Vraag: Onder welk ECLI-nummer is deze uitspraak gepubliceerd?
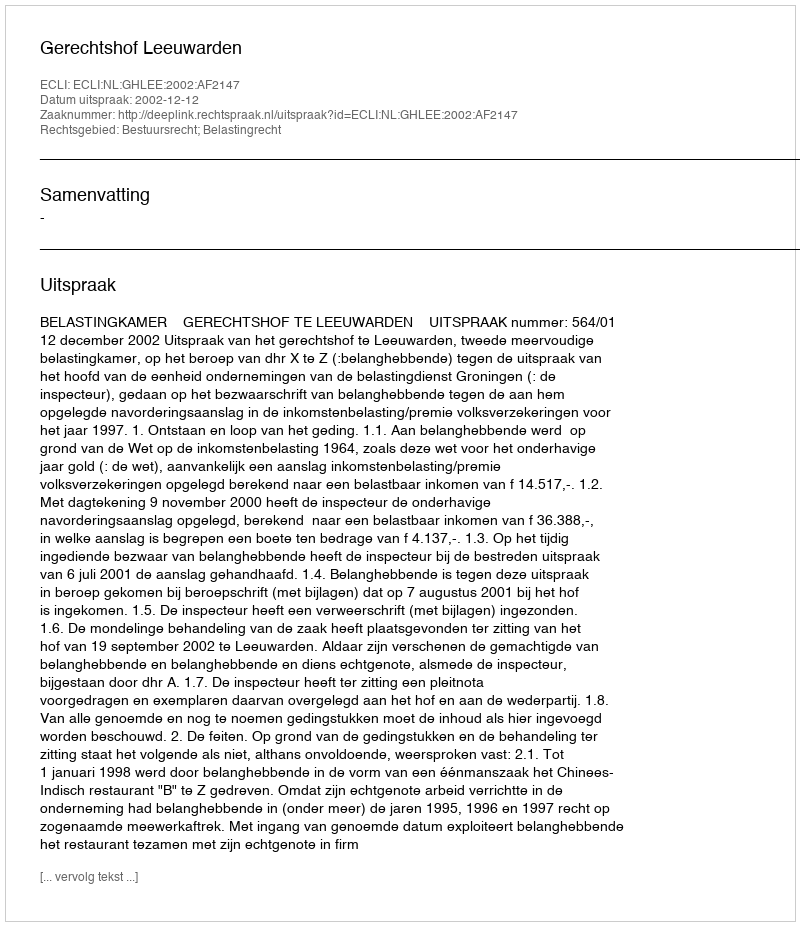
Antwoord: ECLI:NL:GHLEE:2002:AF2147